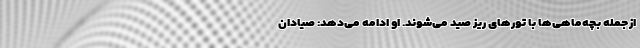
ازجمله بچه‌ماهی‌ها با تور‌های ریز صید می‌شوند. او ادامه می‌دهد: صیادان